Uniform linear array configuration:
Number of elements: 32
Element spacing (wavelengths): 0.25
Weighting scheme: kaiser
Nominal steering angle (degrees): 15
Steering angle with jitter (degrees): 14.95
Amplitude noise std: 0.05
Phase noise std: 0.05

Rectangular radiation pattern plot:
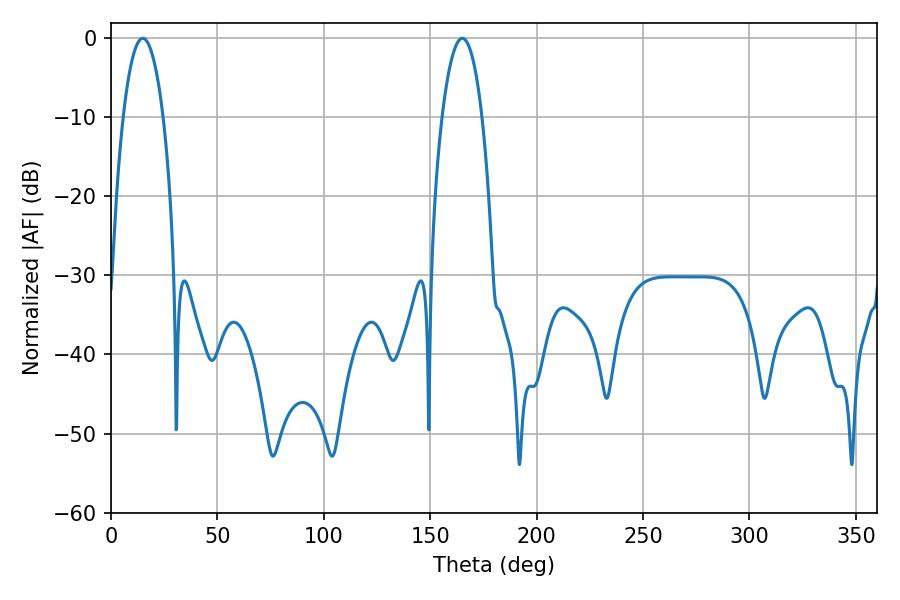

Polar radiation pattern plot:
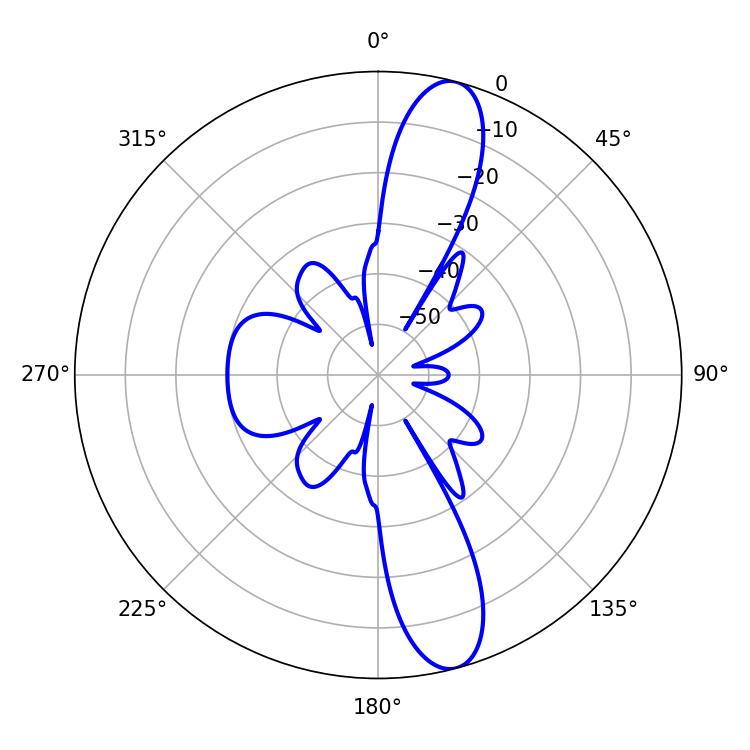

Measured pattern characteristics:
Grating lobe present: FALSE
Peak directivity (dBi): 13.023
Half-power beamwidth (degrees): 10.44
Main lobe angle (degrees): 14.94